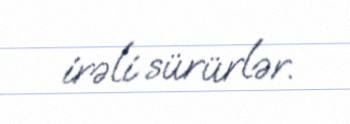
irəli sürürlər.